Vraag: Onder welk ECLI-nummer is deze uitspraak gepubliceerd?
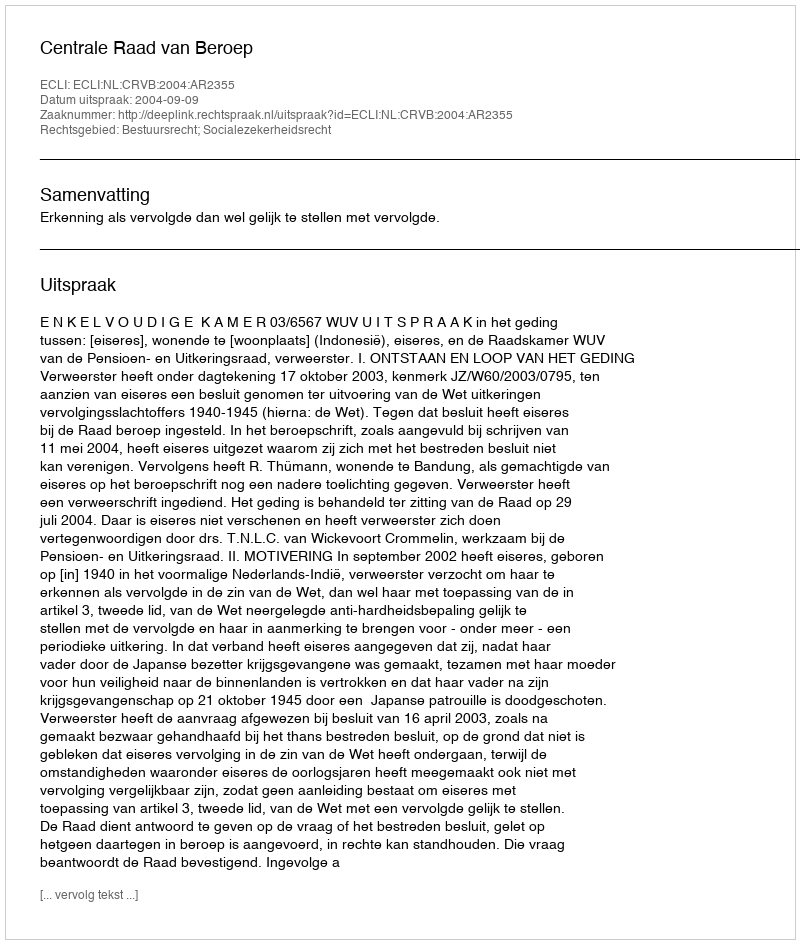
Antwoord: ECLI:NL:CRVB:2004:AR2355